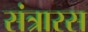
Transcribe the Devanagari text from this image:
संत्रारस